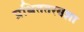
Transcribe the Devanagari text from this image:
प्रथिततरयशा